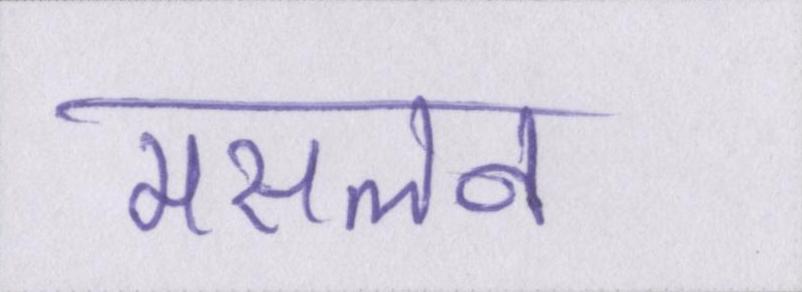
मसलन